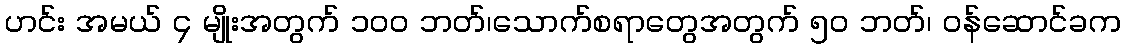
ဟင်း အမယ် ၄ မျိုးအတွက် ၁၀၀ ဘတ်၊သောက်စရာတွေအတွက် ၅၀ ဘတ်၊ ဝန်ဆောင်ခက